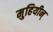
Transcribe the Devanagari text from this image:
मुहियीन्